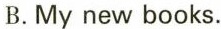
B.My new books。